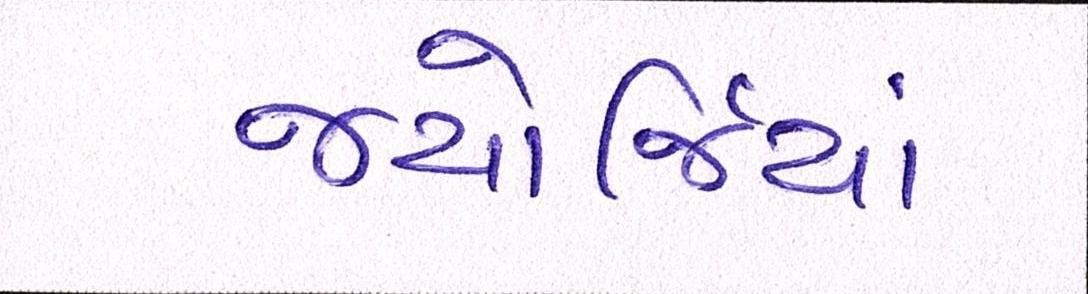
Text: જ્યોર્જિયાં